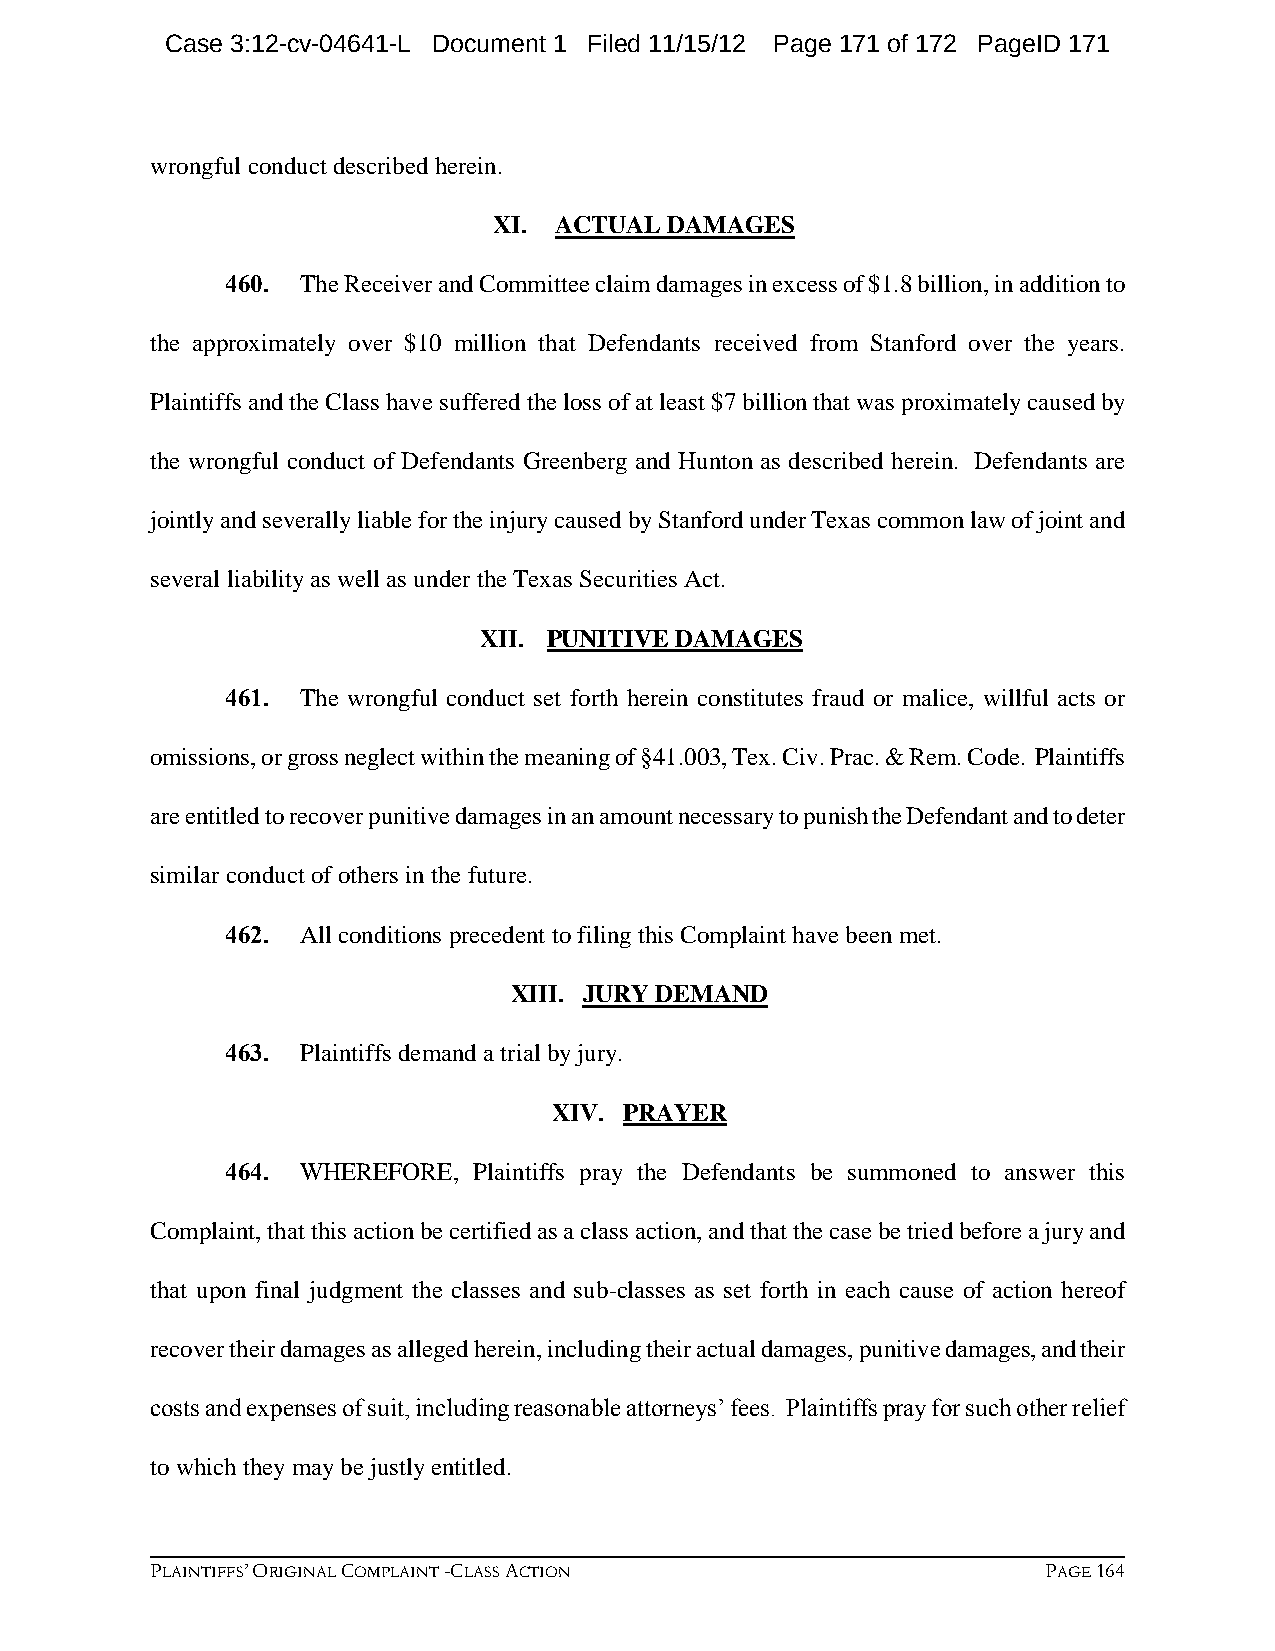
Case 3:12-cv-04641-L Document 1 Filed 11/15/12 Page 171 of 172 PageID 171
 wrongful conduct described herein.
 XI. ACTUAL DAMAGES
 460. The Receiver and Committee claim damages in excess of $1.8 billion, in addition to
 the approximately over $10 million that Defendants received from Stanford over the years.
 Plaintiffs and the Class have suffered the loss of at least $7 billion that was proximately caused by
 the wrongful conduct of Defendants Greenberg and Hunton as described herein. Defendants are
 jointly and severally liable for the injury caused by Stanford under Texas common law of joint and
 several liability as well as under the Texas Securities Act.
 XII. PUNITIVE DAMAGES
 461. The wrongful conduct set forth herein constitutes fraud or malice, willful acts or
 omissions, or gross neglect within the meaning of §41.003, Tex. Civ. Prac. & Rem. Code. Plaintiffs
 are entitled to recover punitive damages in an amount necessary to punish the Defendant and to deter
 similar conduct of others in the future.
 462. All conditions precedent to filing this Complaint have been met.
 XIII. JURY DEMAND
 463. Plaintiffs demand a trial by jury.
 XIV. PRAYER
 464. WHEREFORE, Plaintiffs pray the Defendants be summoned to answer this
 Complaint, that this action be certified as a class action, and that the case be tried before a jury and
 that upon final judgment the classes and sub-classes as set forth in each cause of action hereof
 recover their damages as alleged herein, including their actual damages, punitive damages, and their
 costs and expenses of suit, including reasonable attorneys’ fees. Plaintiffs pray for such other relief
 to which they may be justly entitled.
 PLAINTIFFS’ ORIGINAL COMPLAINT -CLASS ACTION               PAGE 164